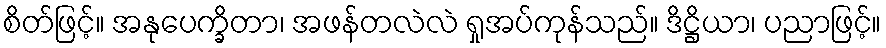
စိတ်ဖြင့်။ အနုပေက္ခိတာ၊ အဖန်တလဲလဲ ရှုအပ်ကုန်သည်။ ဒိဋ္ဌိယာ၊ ပညာဖြင့်။